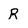
Character: R